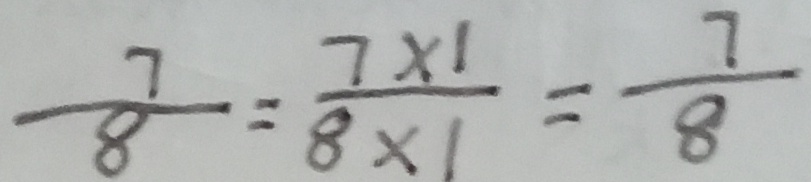
\frac { 7 } { 8 } = \frac { 7 \times 1 } { 8 \times 1 } = \frac { 7 } { 8 }